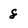
Character: 8